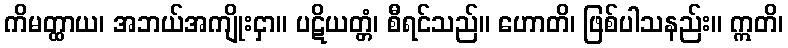
ကိမတ္ထာယ၊ အဘယ်အကျိုးငှာ။ ပဋိယတ္တံ၊ စီရင်သည်။ ဟောတိ၊ ဖြစ်ပါသနည်း။ ဣတိ၊